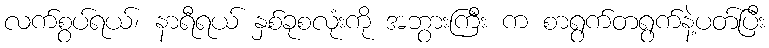
လက်စွပ်ရယ်၊ နာရီရယ် နှစ်ခုစလုံးကို အဘွားကြီး က စာရွက်တရွက်နဲ့ပတ်ပြီး